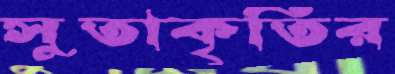
সুতাকৃতির